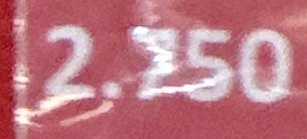
2.750